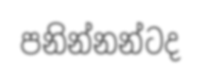
පනින්නන්ටද